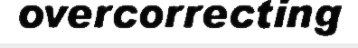
overcorrecting